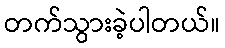
တက်သွားခဲ့ပါတယ်။